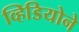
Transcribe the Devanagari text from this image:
व्हिडियोने